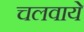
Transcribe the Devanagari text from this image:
चलवाये